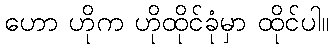
ဟော ဟိုက ဟိုထိုင်ခုံမှာ ထိုင်ပါ။